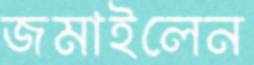
জমাইলেন